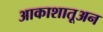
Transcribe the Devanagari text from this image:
आकाशातूअन